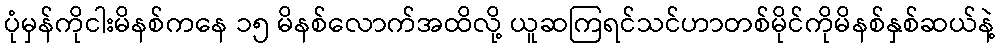
ပုံမှန်ကိုငါးမိနစ်ကနေ ၁၅ မိနစ်လောက်အထိလို့ ယူဆကြရင်သင်ဟာတစ်မိုင်ကိုမိနစ်နှစ်ဆယ်နဲ့